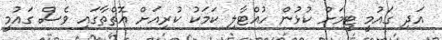
އަދި ގައުމީ ޓީމަށް ކުޅުން ހުއްޓާލި ކަމަކު ކުރިއަށް އޮތްތާގައި ވެސް ގައުމީ